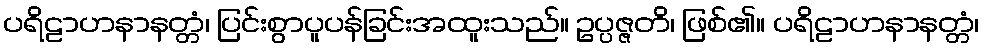
ပရိဠာဟနာနတ္တံ၊ ပြင်းစွာပူပန်ခြင်းအထူးသည်။ ဥပ္ပဇ္ဇတိ၊ ဖြစ်၏။ ပရိဠာဟနာနတ္တံ၊